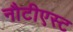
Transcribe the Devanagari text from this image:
नौटीएस्ट